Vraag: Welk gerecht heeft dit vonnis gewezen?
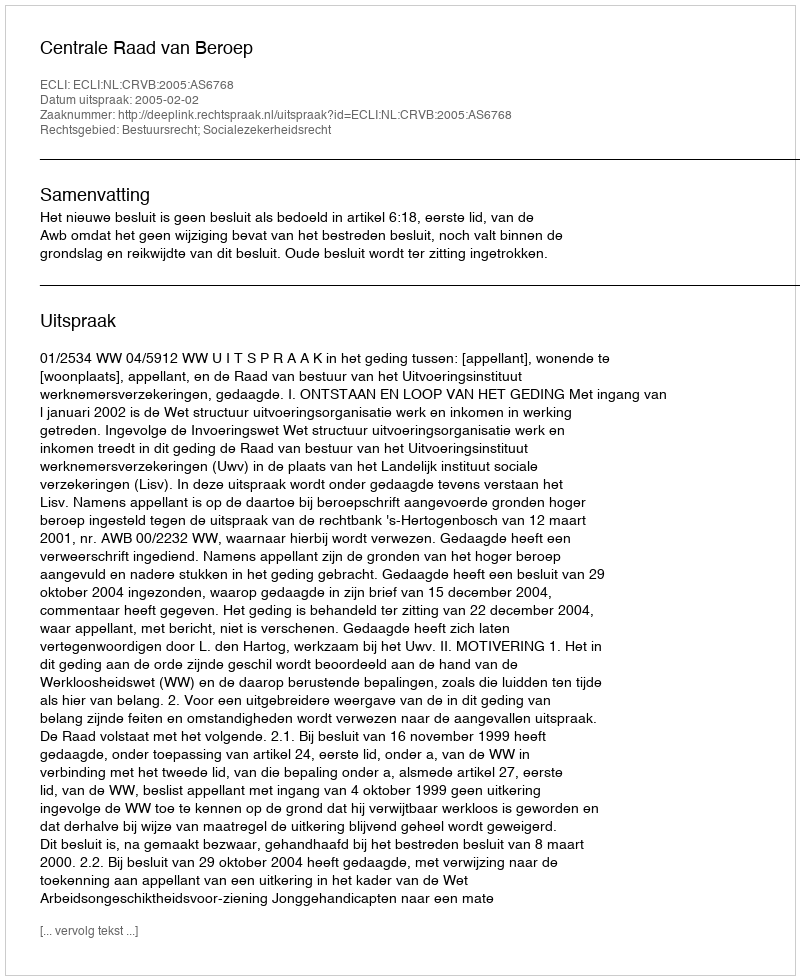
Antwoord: Centrale Raad van Beroep